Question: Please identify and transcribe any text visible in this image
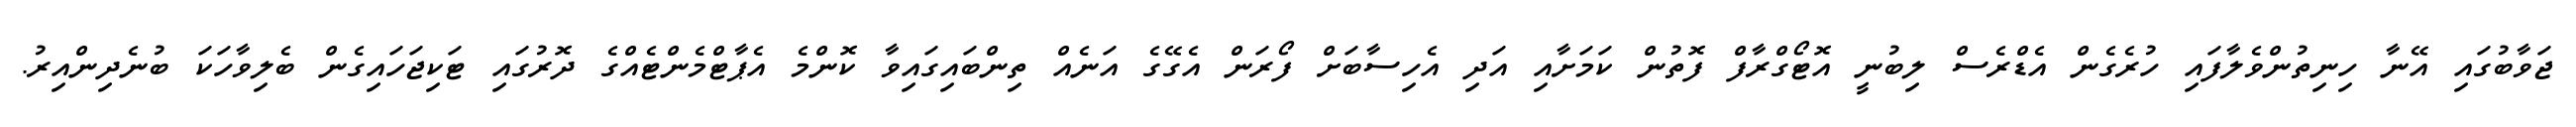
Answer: ޖަވާބުގައި އޭނާ ހިނިތުންވެލާފައި ހުރެގެން އެޑްރެސް ލިބުނީ އޮޓޯގްރާފް ފޮތުން ކަމަށާއި އަދި އެހިސާބަށް ފޯރަން އެގޭގެ އަނެއް ތިންބައިގައިވާ ކޮންމެ އެޕާޓްމެންޓެއްގެ ދޮރުގައި ޓަކިޖަހައިގެން ބެލިވާހަކަ ބުނެދިންއިރު.